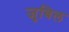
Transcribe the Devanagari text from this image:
जुबिल